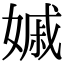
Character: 𡠽